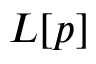
L [ p ]